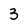
Character: 3